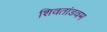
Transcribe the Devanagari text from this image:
शिवतांडवम